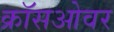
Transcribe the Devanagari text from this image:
क्राॅसओवर